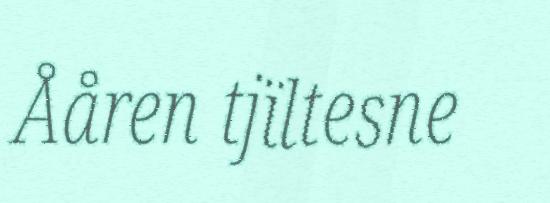
Ååren tjïltesne